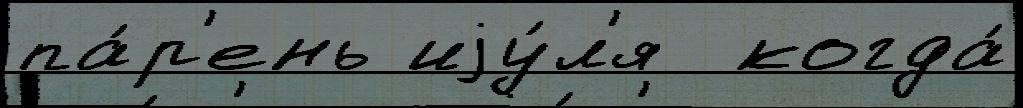
па́р'ень иjу́л'я  когда́